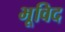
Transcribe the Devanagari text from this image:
भूविद